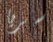
سريا